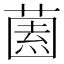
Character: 𱾓